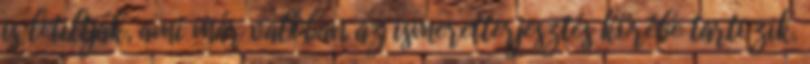
is letiltják, ami már valóban az ismeretterjesztés körébe tartozik.